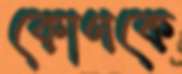
কোণকে